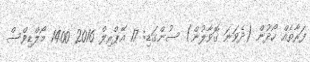
ފަރާތެއް ހޯދުން (ދެވަނަ ގޮވާލުން) ސުންގަޑި: 17 އޭޕްރިލް 2016 1400 މޯލްޑިވްސް